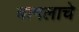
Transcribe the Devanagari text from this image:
बागलाचे